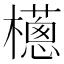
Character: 𣞷